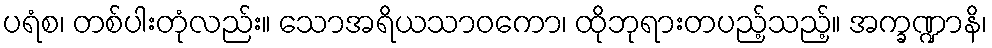
ပရံစ၊ တစ်ပါးတုံလည်း။ သောအရိယသာဝကော၊ ထိုဘုရားတပည့်သည့်။ အက္ခဏ္ဍာနိ၊